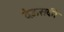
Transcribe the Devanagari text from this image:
देऊसकी